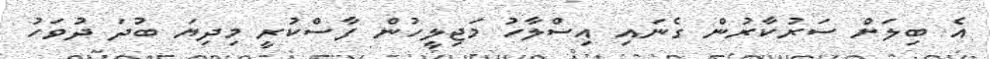
އެ ބިލަށް ސަރުކާރުން ގެނައި އިސްލާހު މަޖިލީހުން ފާސްކުރީ މިދިޔަ ބުދަ ދުވަހު